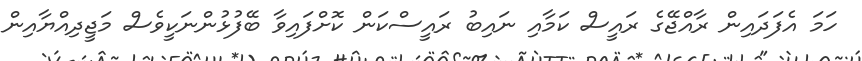
ހަމަ އެފަދައިން ރާއްޖޭގެ ރައީސް ކަމާއި ނައިބު ރައީސްކަން ކޮށްފައިވާ ބޭފުޅުންނަކީވެސް މަޖީދިއްޔާއިން